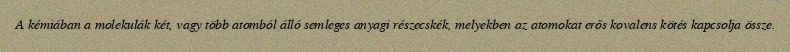
A kémiában a molekulák két, vagy több atomból álló semleges anyagi részecskék, melyekben az atomokat erős kovalens kötés kapcsolja össze.